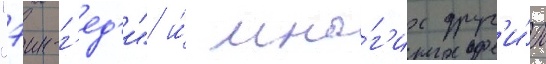
"эин-г'ед'и" и́ мно́г'их друг'и́х